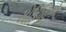
મોરિહિકો